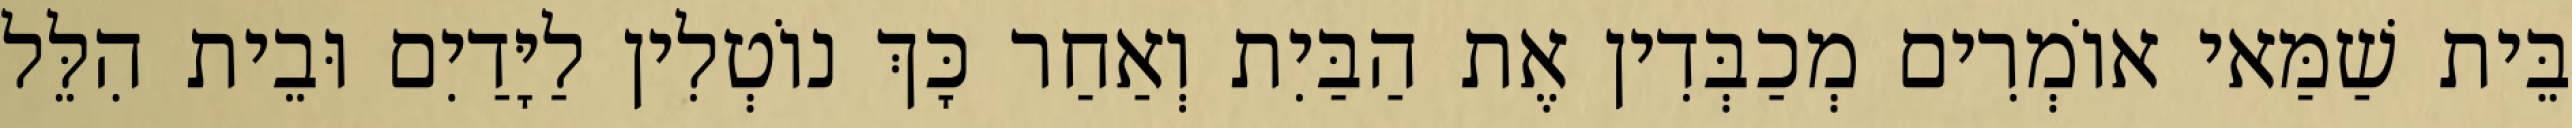
בֵּית שַׁמַּאי אוֹמְרִים מְכַבְּדִין אֶת הַבַּיִת וְאַחַר כָּךְ נוֹטְלִין לַיָּדַיִם וּבֵית הִלֵּל